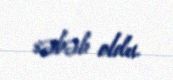
səbəb oldu.